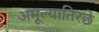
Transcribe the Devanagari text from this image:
अमूल्यातिरछे